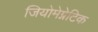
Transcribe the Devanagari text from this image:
जियोमेग्नेटिक